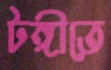
টঙ্গীতে